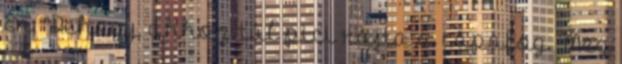
Én: "Dehogy, ahhoz túl pici rajta a cápafog. Meg